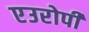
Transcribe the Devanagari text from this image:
एउरोपी